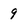
Character: 9